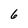
Character: 6